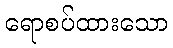
ရောစပ်ထားသော